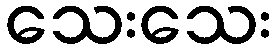
သေးသေး